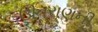
ઊતરાણની